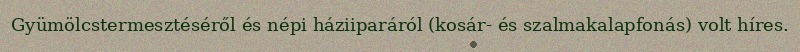
Gyümölcstermesztéséről és népi háziiparáról (kosár- és szalmakalapfonás) volt híres.